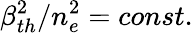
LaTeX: \beta_{th}^{2}/n_{e}^{2}=const.